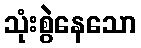
သုံးစွဲနေသော